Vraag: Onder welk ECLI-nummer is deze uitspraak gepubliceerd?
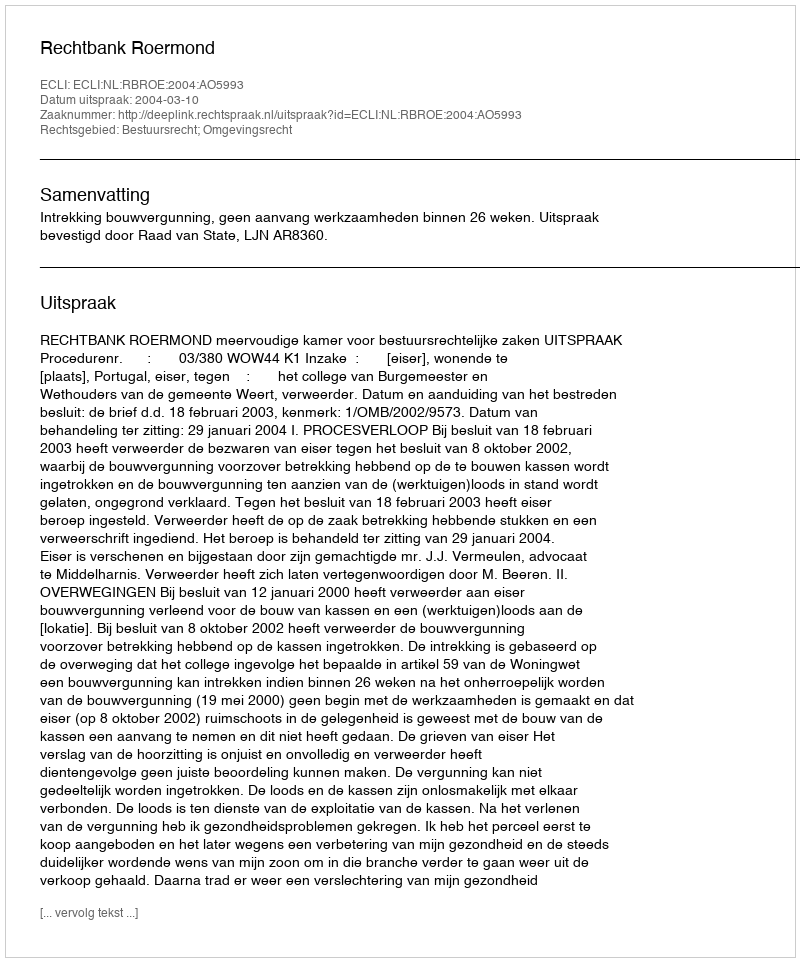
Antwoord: ECLI:NL:RBROE:2004:AO5993